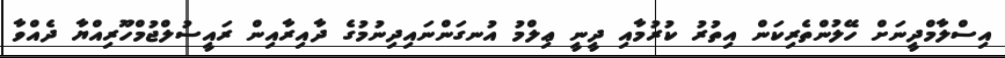
އިސްލާމްދީނަށް ހޭލުންތެރިކަން އިތުރު ކުރުމާއި ދީނީ ޢިލްމު އުނގަންނައިދިނުމުގެ ދާއިރާއިން ރައީސުލްޖުމްހޫރިއްޔާ ދެއްވާ